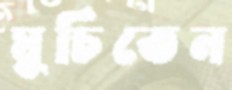
ঘুচিতেন